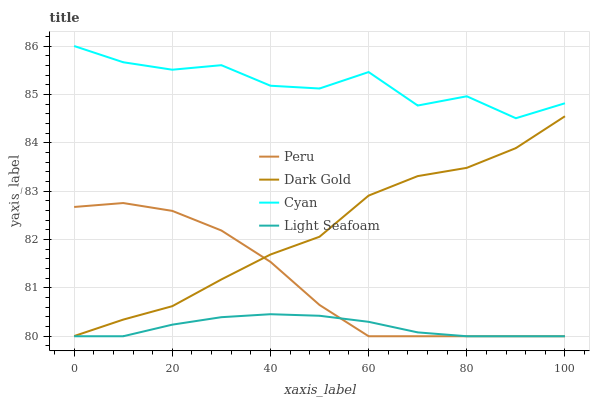
| xaxis_label | Peru | Dark Gold | Cyan | Light Seafoam |
 | --- | --- | --- | --- | --- |
 | 0 | 82.7 | 80 | 86 | 80 |
 | 10 | 82.8 | 80.3 | 85.7 | 80 |
 | 20 | 82.6 | 80.6 | 85.5 | 80.2 |
 | 30 | 82.2 | 81.2 | 85.6 | 80.4 |
 | 40 | 81.5 | 81.7 | 85.2 | 80.5 |
 | 50 | 80.6 | 82.1 | 85.1 | 80.4 |
 | 60 | 80 | 82.9 | 85.5 | 80.3 |
 | 70 | 80 | 83.3 | 84.8 | 80.1 |
 | 80 | 80 | 83.5 | 85 | 80 |
 | 90 | 80 | 83.9 | 84.5 | 80 |
 | 100 | 80 | 84.5 | 84.8 | 80 |